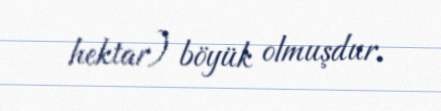
hektar) böyük olmuşdur.